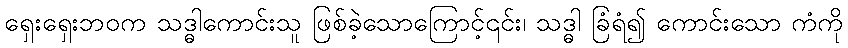
ရှေးရှေးဘဝက သဒ္ဓါကောင်းသူ ဖြစ်ခဲ့သောကြောင့်၎င်း၊ သဒ္ဓါ ခြံရံ၍ ကောင်းသော ကံကို